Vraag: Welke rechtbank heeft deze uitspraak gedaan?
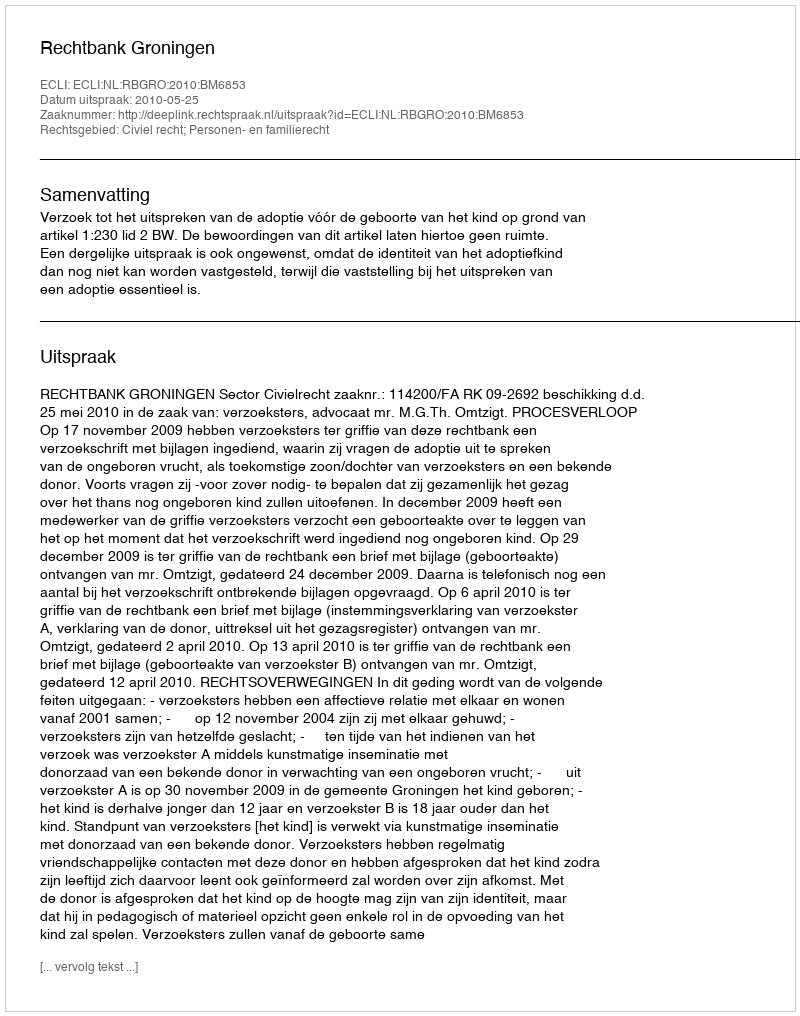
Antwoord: Rechtbank Groningen